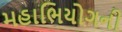
મહાભિયોગની